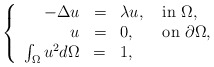
\begin{align*}\left\{\begin{array}{rcl}-\Delta u&=&\lambda u,\quad{\rm in}\ \Omega,\\u&=&0,\quad\ \ {\rm on}\ \partial\Omega,\\\int_{\Omega} u^2d\Omega&=&1,\end{array}\right.\end{align*}